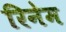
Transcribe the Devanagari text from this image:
रिनेम